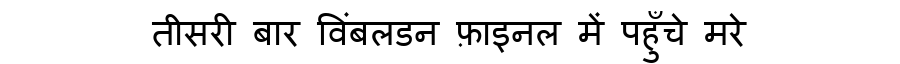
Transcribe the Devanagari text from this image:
तीसरी बार विंबलडन फ़ाइनल में पहुँचे मरे